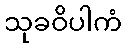
သုခဝိပါကံ